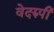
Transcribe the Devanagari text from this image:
वेदरुपी